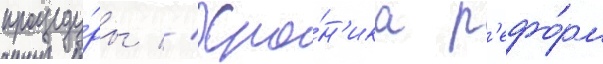
процеду́ры // Хро́н'ика р'ефо́рм